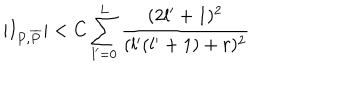
\vert I _ { P , \overline { { { P } } } } \vert < C \sum _ { l ^ { \prime } = 0 } ^ { L } { \frac { ( 2 l ^ { \prime } + 1 ) ^ { 2 } } { ( l ^ { \prime } ( l ^ { \prime } + 1 ) + r ) ^ { 2 } } }